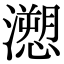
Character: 𭳏